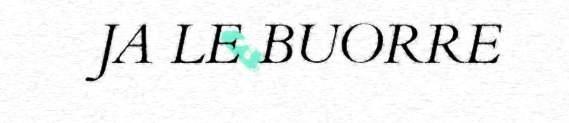
JA LE BUORRE